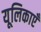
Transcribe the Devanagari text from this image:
यूलिकाएँ